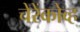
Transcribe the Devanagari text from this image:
चेरेंकोव्ह